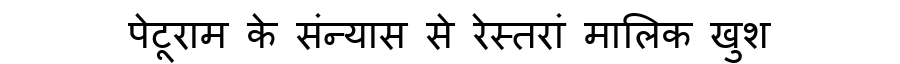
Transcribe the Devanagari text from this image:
पेटूराम के संन्यास से रेस्तरां मालिक खुश